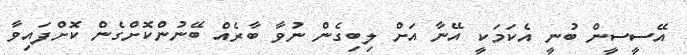
އޭސީސީން ބުނީ އެކަމަކީ އޭނާ އަށް ލިބިގެން ނުވާ ބާރެއް ބޭނުންކޮށްގެން ކޮށްފައިވާ